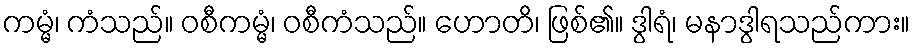
ကမ္မံ၊ ကံသည်။ ဝစီကမ္မံ၊ ဝစီကံသည်။ ဟောတိ၊ ဖြစ်၏။ ဒွါရံ၊ မနာဒွါရသည်ကား။